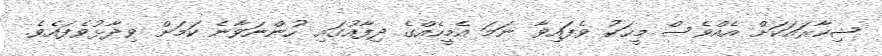
ޝިކާރައަކަށް އެއްވެސް މީހަކު ވެފައިވާ ނަމަ އެމީހެއްގެ ދިފާއުގައި ހުންނަވާނެ ކަމަށް ވިދާޅުވެފައެވެ.